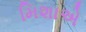
મિશાએ